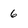
Character: 6